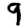
Digit: 9